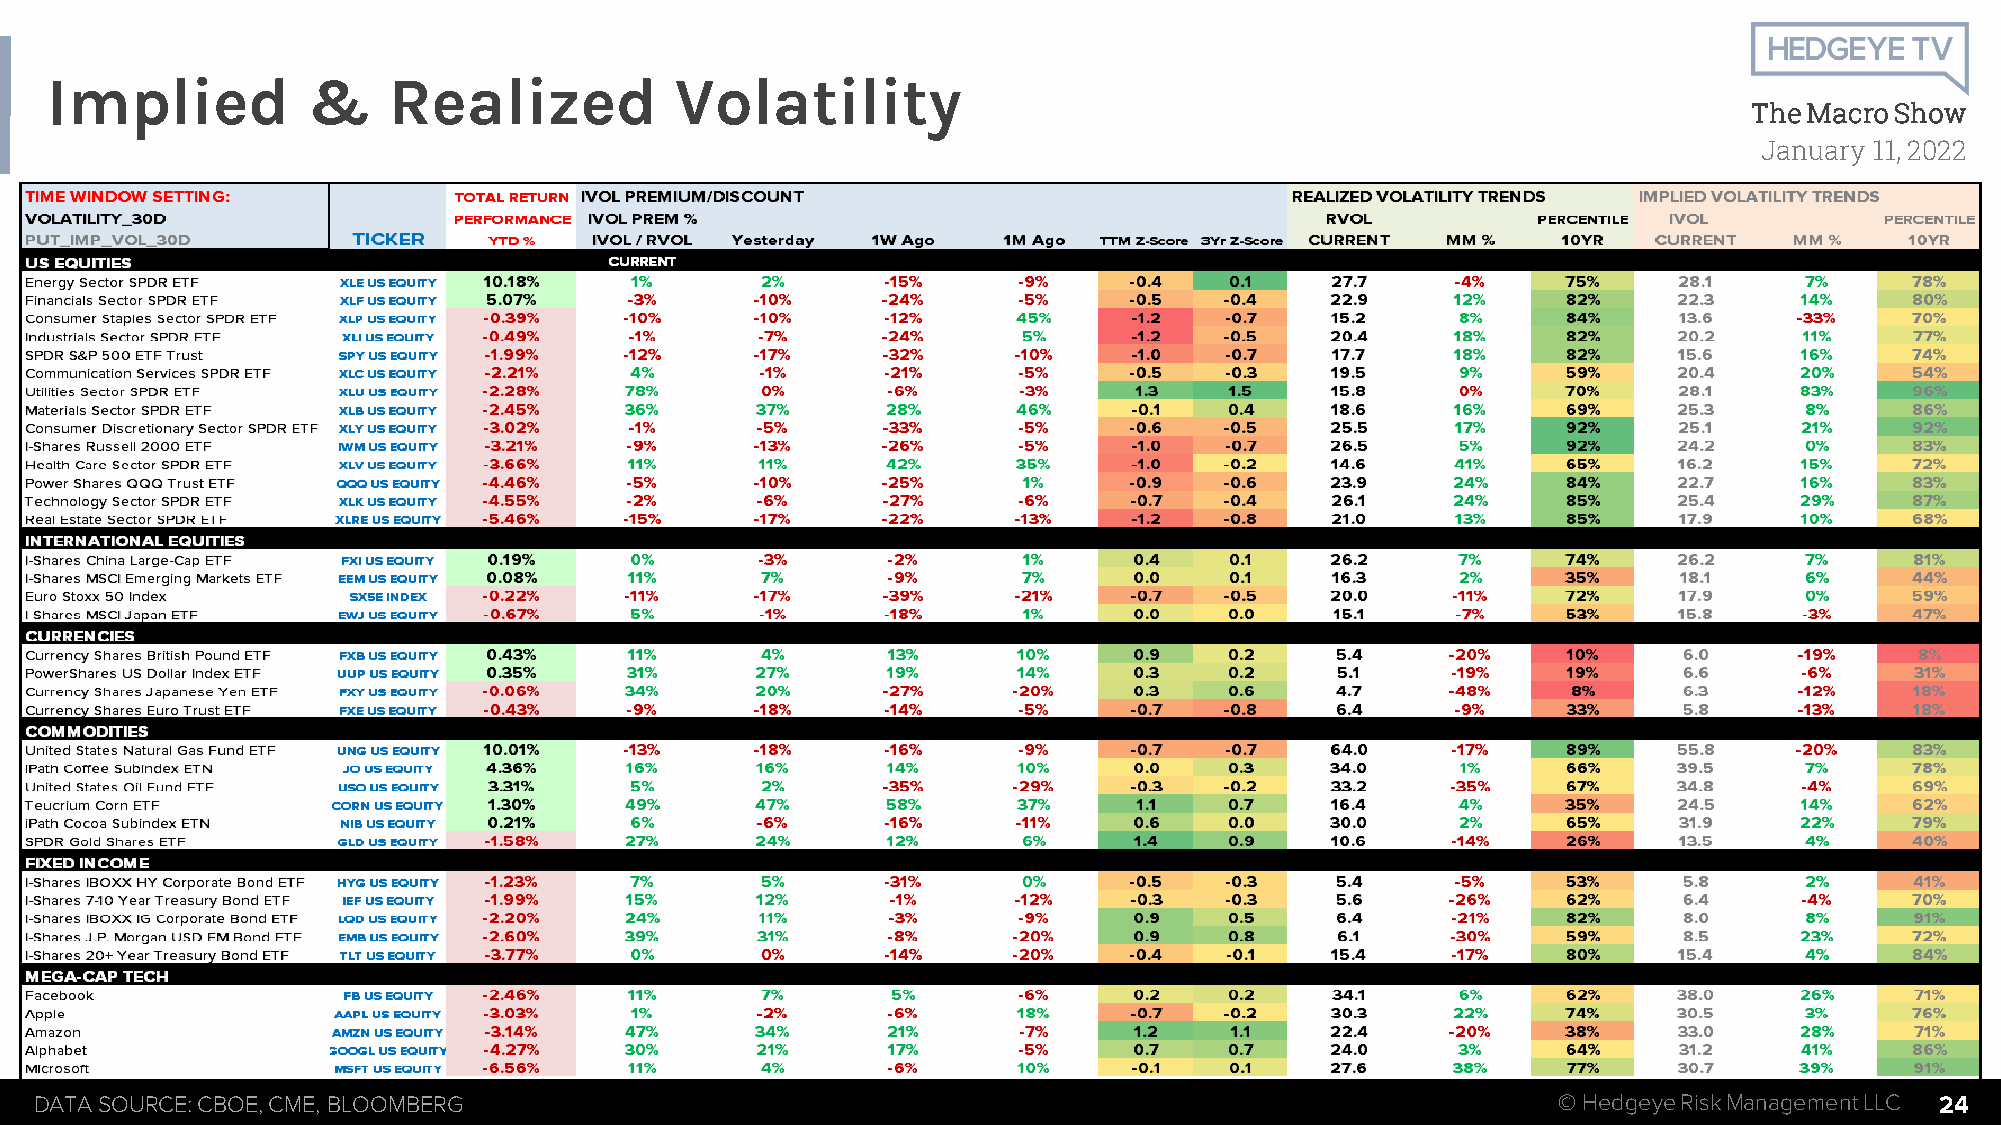
Implied          &     Realized           Volatility
 The Macro Show
 January 11, 2022
 DATA SOURCE: CBOE, CME, BLOOMBERG                                                                    © HedgeyeRiskManagement LLC 24